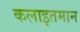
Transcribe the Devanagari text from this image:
कलाइतमान